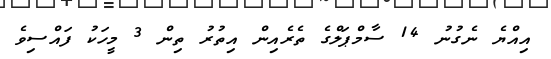
އިއްޔެ ނެގުނު 14 ސާމްޕަލްގެ ތެރެއިން އިތުރު ތިން 3 މީހަކު ފައްސިވެ